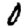
Digit: 0